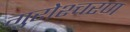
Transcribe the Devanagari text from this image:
गुरोश्चरण